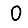
Digit: 0